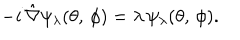
- i \, \hat { \nabla } \psi _ { \lambda } ( \theta , \, \phi ) = \lambda \, \psi _ { \lambda } ( \theta , \, \phi ) .